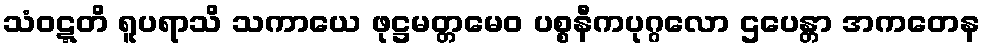
သံဝဋ္ဋတိ ရူပရာသိ သကာယေ ဖုဋ္ဌမတ္တမေဝ ပစ္စနီကပုဂ္ဂလော ဌပေန္တာ အကတေန